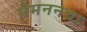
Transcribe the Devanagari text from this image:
मेमननचा